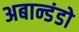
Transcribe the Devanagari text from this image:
अबान्डंडो